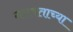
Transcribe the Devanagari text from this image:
गलबताच्या